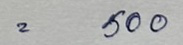
= 500